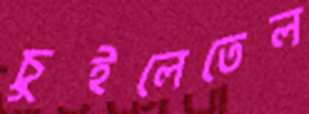
চুইলেতেল